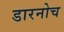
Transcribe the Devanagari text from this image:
डारनोच